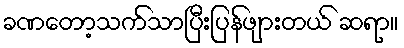
ခဏတော့သက်သာပြီးပြန်ဖျားတယ် ဆရာ။